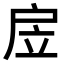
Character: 𢨶